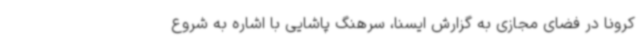
کرونا در فضای مجازی به گزارش ایسنا، سرهنگ پاشایی با اشاره به شروع